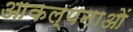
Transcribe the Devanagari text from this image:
आकल्पनाओं